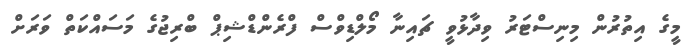
މީގެ އިތުރުން މިނިސްޓަރު ވިދާޅުވީ ޗައިނާ މޯލްޑިވްސް ފްރެންޑްޝިޕް ބްރިޖުގެ މަސައްކަތް ވަރަށް